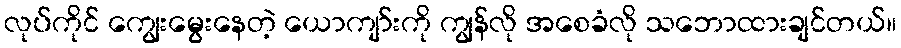
လုပ်ကိုင် ကျွေးမွေးနေတဲ့ ယောကျာ်းကို ကျွန်လို အစေခံလို သဘောထားချင်တယ်။